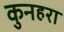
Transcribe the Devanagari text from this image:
कुनहरा